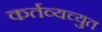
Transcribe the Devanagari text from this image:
कर्तव्यच्युत